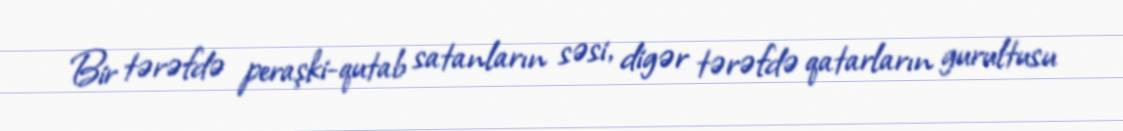
Bir tərəfdə peraşki-qutab satanların səsi, digər tərəfdə qatarların gurultusu